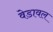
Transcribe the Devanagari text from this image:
वेडावल